Vaccination in Bombay 1856-1862 - 1856-1862
Year: 1856
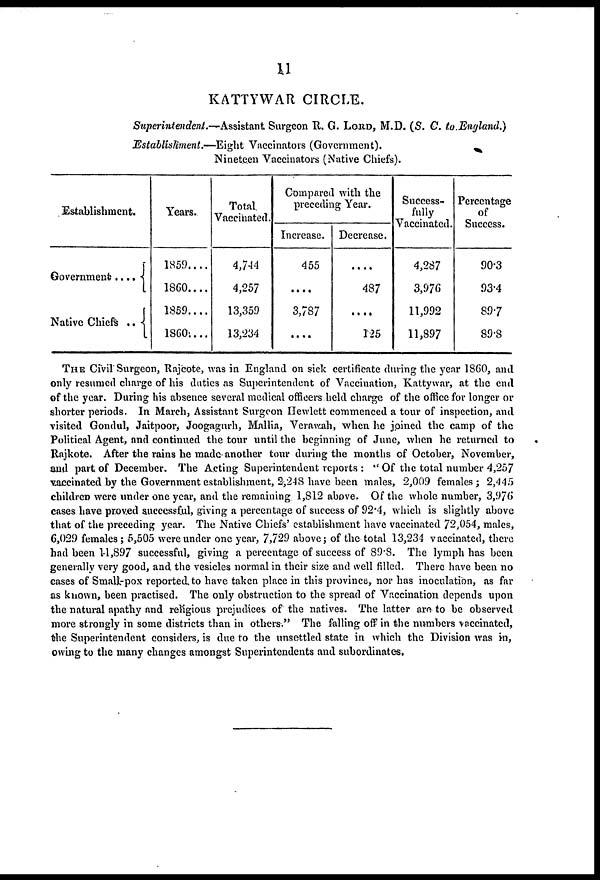
11
KATTYWAR CIRCLE.
Superintendent.—Assistant Surgeon R. G. LORD, M.D. (S. C. to England.)
Establishment.—Eight Vaccinators (Government).
Nineteen Vaccinators (Native Chiefs).
Establishment.
Government . . . .
Native Chiefs . . . .
Years.
1859 . . . .
1860 . . . .
1859 . . . .
1860 . . . .
Total.
Vaccinated.
4,744
4,257
13,359
13,234
Compared with the
preceding Year.
Increase.
455
....
3,787
....
Decrease.
....
487
....
125
Success-
fully
Vaccinated.
4,287
3,976
11,992
11,897
Percentage
of
Success.
90.3
93.4
89.7
89.8
THE Civil Surgeon, Rajcote, was in England on sick certificate during the year 1860, and
only resumed charge of his duties as Superintendent of Vaccination, Kattywar, at the end
of the year. During his absence several medical officers held charge of the office for longer or
shorter periods. In March, Assistant Surgeon Hewlett commenced a tour of inspection, and
visited Gondul, Jaitpoor, Joogagurh, Mallia, Verawah, when he joined the camp of the
Political Agent, and continued the tour until the beginning of June, when he returned to
Rajkote. After the rains he made another tour during the months of October, November,
and part of December. The Acting Superintendent reports : " Of the total number 4,257
vaccinated by the Government establishment, 2,248 have been males, 2,009 females; 2,445
children were under one year, and the remaining 1,812 above. Of the whole number, 3,976
cases have proved successful, giving a percentage of success of 92.4, which is slightly above
that of the preceding year. The Native Chiefs' establishment have vaccinated 72,054, males,
6,029 females; 5,505 were under one year, 7,729 above; of the total 13,234 vaccinated, there
had been 14,897 successful, giving a percentage of success of 89.8. The lymph has been
generally very good, and the vesicles normal in their size and well filled. There have been no
cases of Small-pox reported to have taken place in this province, nor has inoculation, as far
as known, been practised. The only obstruction to the spread of Vaccination depends upon
the natural apathy and religious prejudices of the natives. The latter are to be observed
more strongly in some districts than in others." The falling off in the numbers vaccinated,
the Superintendent considers, is due to the unsettled state in which the Division was in,
owing to the many changes amongst Superintendents and subordinates.